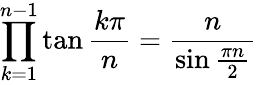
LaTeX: \prod_{k=1}^{n-1}\tan{\frac{k\pi}{n}}={\frac{n}{\sin{\frac{\pi n}{2}}}}